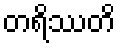
တရိဿတိ